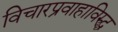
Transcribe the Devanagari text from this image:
विचारप्रवाहाविरुद्ध